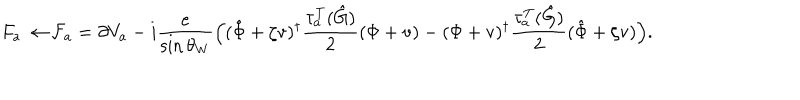
F _ { a } \to { \cal F } _ { a } = \partial V _ { a } - i \frac e { \sin \theta _ { W } } \Bigl ( ( \hat { \Phi } + \zeta \mathrm { v } ) ^ { \dagger } \frac { \tau _ { a } ^ { T } ( \hat { G } ) } 2 ( \Phi + \mathrm { v } ) - ( \Phi + \mathrm { v } ) ^ { \dagger } \frac { \tau _ { a } ^ { T } ( \hat { G } ) } 2 ( \hat { \Phi } + \zeta \mathrm { v } ) \Bigr ) . \nonumber